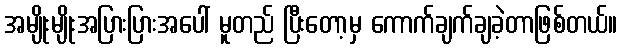
အမျိုးမျိုးအပြားပြားအပေါ် မူတည် ပြီးတော့မှ ကောက်ချက်ချခဲ့တာဖြစ်တယ်။